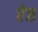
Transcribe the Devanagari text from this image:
हेछ